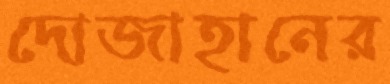
দোজাহানের